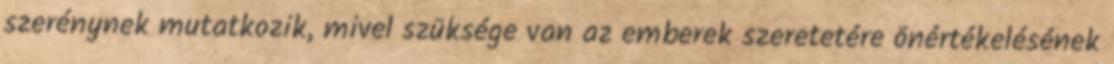
szerénynek mutatkozik, mivel szüksége van az emberek szeretetére önértékelésének